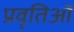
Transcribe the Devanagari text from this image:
प्रवृतिओं